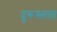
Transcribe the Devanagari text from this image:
दुरूस्तता